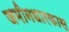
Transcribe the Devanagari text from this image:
जमीनधारकास